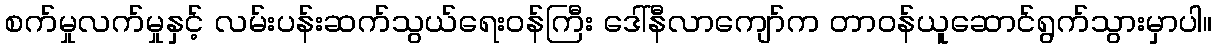
စက်မှုလက်မှုနှင့် လမ်းပန်းဆက်သွယ်ရေးဝန်ကြီး ဒေါ်နီလာကျော်က တာဝန်ယူဆောင်ရွက်သွားမှာပါ။